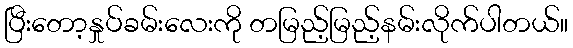
ပြီးတော့နှုပ်ခမ်းလေးကို တမြည့်မြည့်နမ်းလိုက်ပါတယ်။